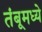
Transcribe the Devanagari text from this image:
तंबूमध्ये